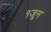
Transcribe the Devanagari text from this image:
१जून